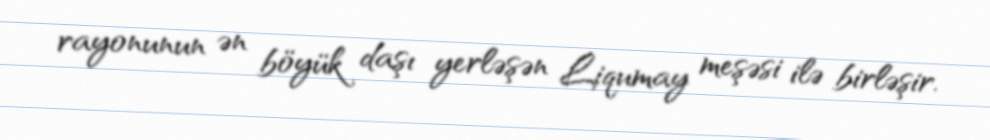
rayonunun ən böyük daşı yerləşən Liqumay meşəsi ilə birləşir.